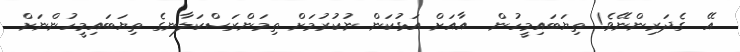
އޭ  ގެދަރިންނޭވެ! ތިޔަބައިމީހުން  އާއަށް އަޅުކަން ނުކުރުމަށް ތިމަންރަސްކަލާނގެ ތިޔަބައިމީހުންނަށް